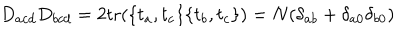
D _ { a c d } D _ { b c d } = 2 \mathrm { t r } ( \{ t _ { a } , t _ { c } \} \{ t _ { b } , t _ { c } \} ) = N ( \delta _ { a b } + \delta _ { a 0 } \delta _ { b 0 } )